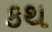
કથ